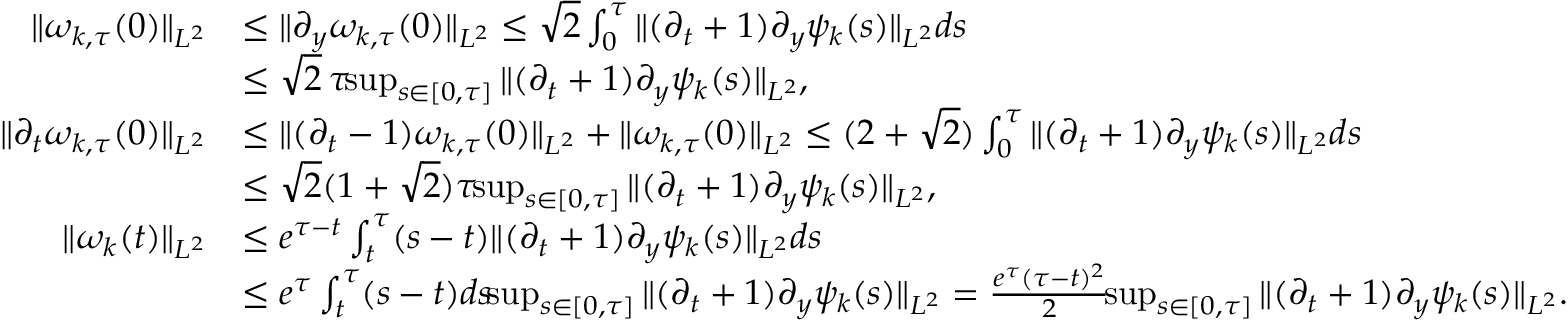
\begin{array} { r l } { \| \omega _ { k , \tau } ( 0 ) \| _ { L ^ { 2 } } } & { \leq \| \partial _ { y } \omega _ { k , \tau } ( 0 ) \| _ { L ^ { 2 } } \leq \sqrt { 2 } \int _ { 0 } ^ { \tau } \| ( \partial _ { t } + 1 ) \partial _ { y } \psi _ { k } ( s ) \| _ { L ^ { 2 } } d s } \\ & { \leq \sqrt { 2 } \, \tau \! \! \operatorname* { s u p } _ { s \in [ 0 , \tau ] } \| ( \partial _ { t } + 1 ) \partial _ { y } \psi _ { k } ( s ) \| _ { L ^ { 2 } } , } \\ { \| \partial _ { t } \omega _ { k , \tau } ( 0 ) \| _ { L ^ { 2 } } } & { \leq \| ( \partial _ { t } - 1 ) \omega _ { k , \tau } ( 0 ) \| _ { L ^ { 2 } } + \| \omega _ { k , \tau } ( 0 ) \| _ { L ^ { 2 } } \leq ( 2 + \sqrt { 2 } ) \int _ { 0 } ^ { \tau } \| ( \partial _ { t } + 1 ) \partial _ { y } \psi _ { k } ( s ) \| _ { L ^ { 2 } } d s } \\ & { \leq \sqrt { 2 } ( 1 + \sqrt { 2 } ) \tau \! \! \operatorname* { s u p } _ { s \in [ 0 , \tau ] } \| ( \partial _ { t } + 1 ) \partial _ { y } \psi _ { k } ( s ) \| _ { L ^ { 2 } } , } \\ { \| \omega _ { k } ( t ) \| _ { L ^ { 2 } } } & { \leq e ^ { \tau - t } \int _ { t } ^ { \tau } ( s - t ) \| ( \partial _ { t } + 1 ) \partial _ { y } \psi _ { k } ( s ) \| _ { L ^ { 2 } } d s } \\ & { \leq e ^ { \tau } \int _ { t } ^ { \tau } ( s - t ) d s \! \! \operatorname* { s u p } _ { s \in [ 0 , \tau ] } \| ( \partial _ { t } + 1 ) \partial _ { y } \psi _ { k } ( s ) \| _ { L ^ { 2 } } = \frac { e ^ { \tau } ( \tau - t ) ^ { 2 } } { 2 } \! \! \operatorname* { s u p } _ { s \in [ 0 , \tau ] } \| ( \partial _ { t } + 1 ) \partial _ { y } \psi _ { k } ( s ) \| _ { L ^ { 2 } } . } \end{array}